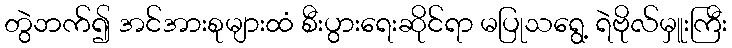
တွဲဘက်၍ အင်အားစုများထံ စီးပွားရေးဆိုင်ရာ မပြုသရွေ့ ရဲဗိုလ်မှူးကြီး